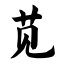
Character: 苋